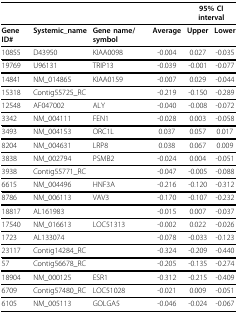
<table><thead><tr><td></td><td></td><td></td><td></td><td colspan="2"><b>95% CI interval</b></td></tr></thead><tbody><tr><td><b>Gene ID#</b></td><td><b>Systemic_name</b></td><td><b>Gene name/symbol</b></td><td><b>Average</b></td><td><b>Upper</b></td><td><b>Lower</b></td></tr><tr><td>10855</td><td>D43950</td><td>KIAA0098</td><td>-0.004</td><td>0.027</td><td>-0.035</td></tr><tr><td>19769</td><td>U96131</td><td>TRIP13</td><td>-0.039</td><td>-0.001</td><td>-0.077</td></tr><tr><td>14841</td><td>NM_014865</td><td>KIAA0159</td><td>-0.007</td><td>0.029</td><td>-0.044</td></tr><tr><td>15318</td><td>Contig55725_RC</td><td></td><td>-0.219</td><td>-0.150</td><td>-0.289</td></tr><tr><td>12548</td><td>AF047002</td><td>ALY</td><td>-0.040</td><td>-0.008</td><td>-0.072</td></tr><tr><td>3342</td><td>NM_004111</td><td>FEN1</td><td>-0.028</td><td>0.003</td><td>-0.058</td></tr><tr><td>3493</td><td>NM_004153</td><td>ORC1L</td><td>0.037</td><td>0.057</td><td>0.017</td></tr><tr><td>8204</td><td>NM_004631</td><td>LRP8</td><td>0.038</td><td>0.067</td><td>0.009</td></tr><tr><td>3838</td><td>NM_002794</td><td>PSMB2</td><td>-0.024</td><td>0.004</td><td>-0.051</td></tr><tr><td>3938</td><td>Contig55771_RC</td><td></td><td>-0.047</td><td>-0.005</td><td>-0.088</td></tr><tr><td>6615</td><td>NM_004496</td><td>HNF3A</td><td>-0.216</td><td>-0.120</td><td>-0.312</td></tr><tr><td>8786</td><td>NM_006113</td><td>VAV3</td><td>-0.170</td><td>-0.107</td><td>-0.232</td></tr><tr><td>18817</td><td>AL161983</td><td></td><td>-0.015</td><td>0.007</td><td>-0.037</td></tr><tr><td>17540</td><td>NM_016613</td><td>LOC51313</td><td>-0.002</td><td>0.022</td><td>-0.026</td></tr><tr><td>1723</td><td>AL133074</td><td></td><td>-0.078</td><td>-0.033</td><td>-0.123</td></tr><tr><td>23117</td><td>Contig14284_RC</td><td></td><td>-0.324</td><td>-0.209</td><td>-0.440</td></tr><tr><td>57</td><td>Contig56678_RC</td><td></td><td>-0.205</td><td>-0.135</td><td>-0.274</td></tr><tr><td>18904</td><td>NM_000125</td><td>ESR1</td><td>-0.312</td><td>-0.215</td><td>-0.409</td></tr><tr><td>6709</td><td>Contig57480_RC</td><td>LOC51028</td><td>-0.021</td><td>0.009</td><td>-0.051</td></tr><tr><td>6105</td><td>NM_005113</td><td>GOLGA5</td><td>-0.046</td><td>-0.024</td><td>-0.067</td></tr></tbody></table>